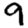
Digit: 9